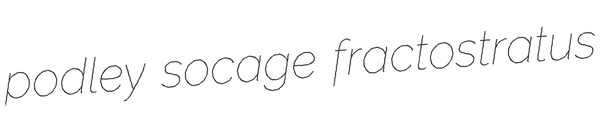
podley socage fractostratus